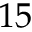
1 5